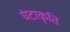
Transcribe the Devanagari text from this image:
घंटाकृति